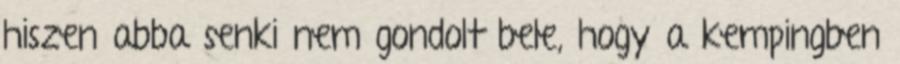
hiszen abba senki nem gondolt bele, hogy a kempingben